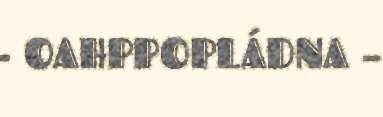
- OAHPPOPLÁDNA –